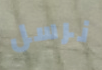
نرسل